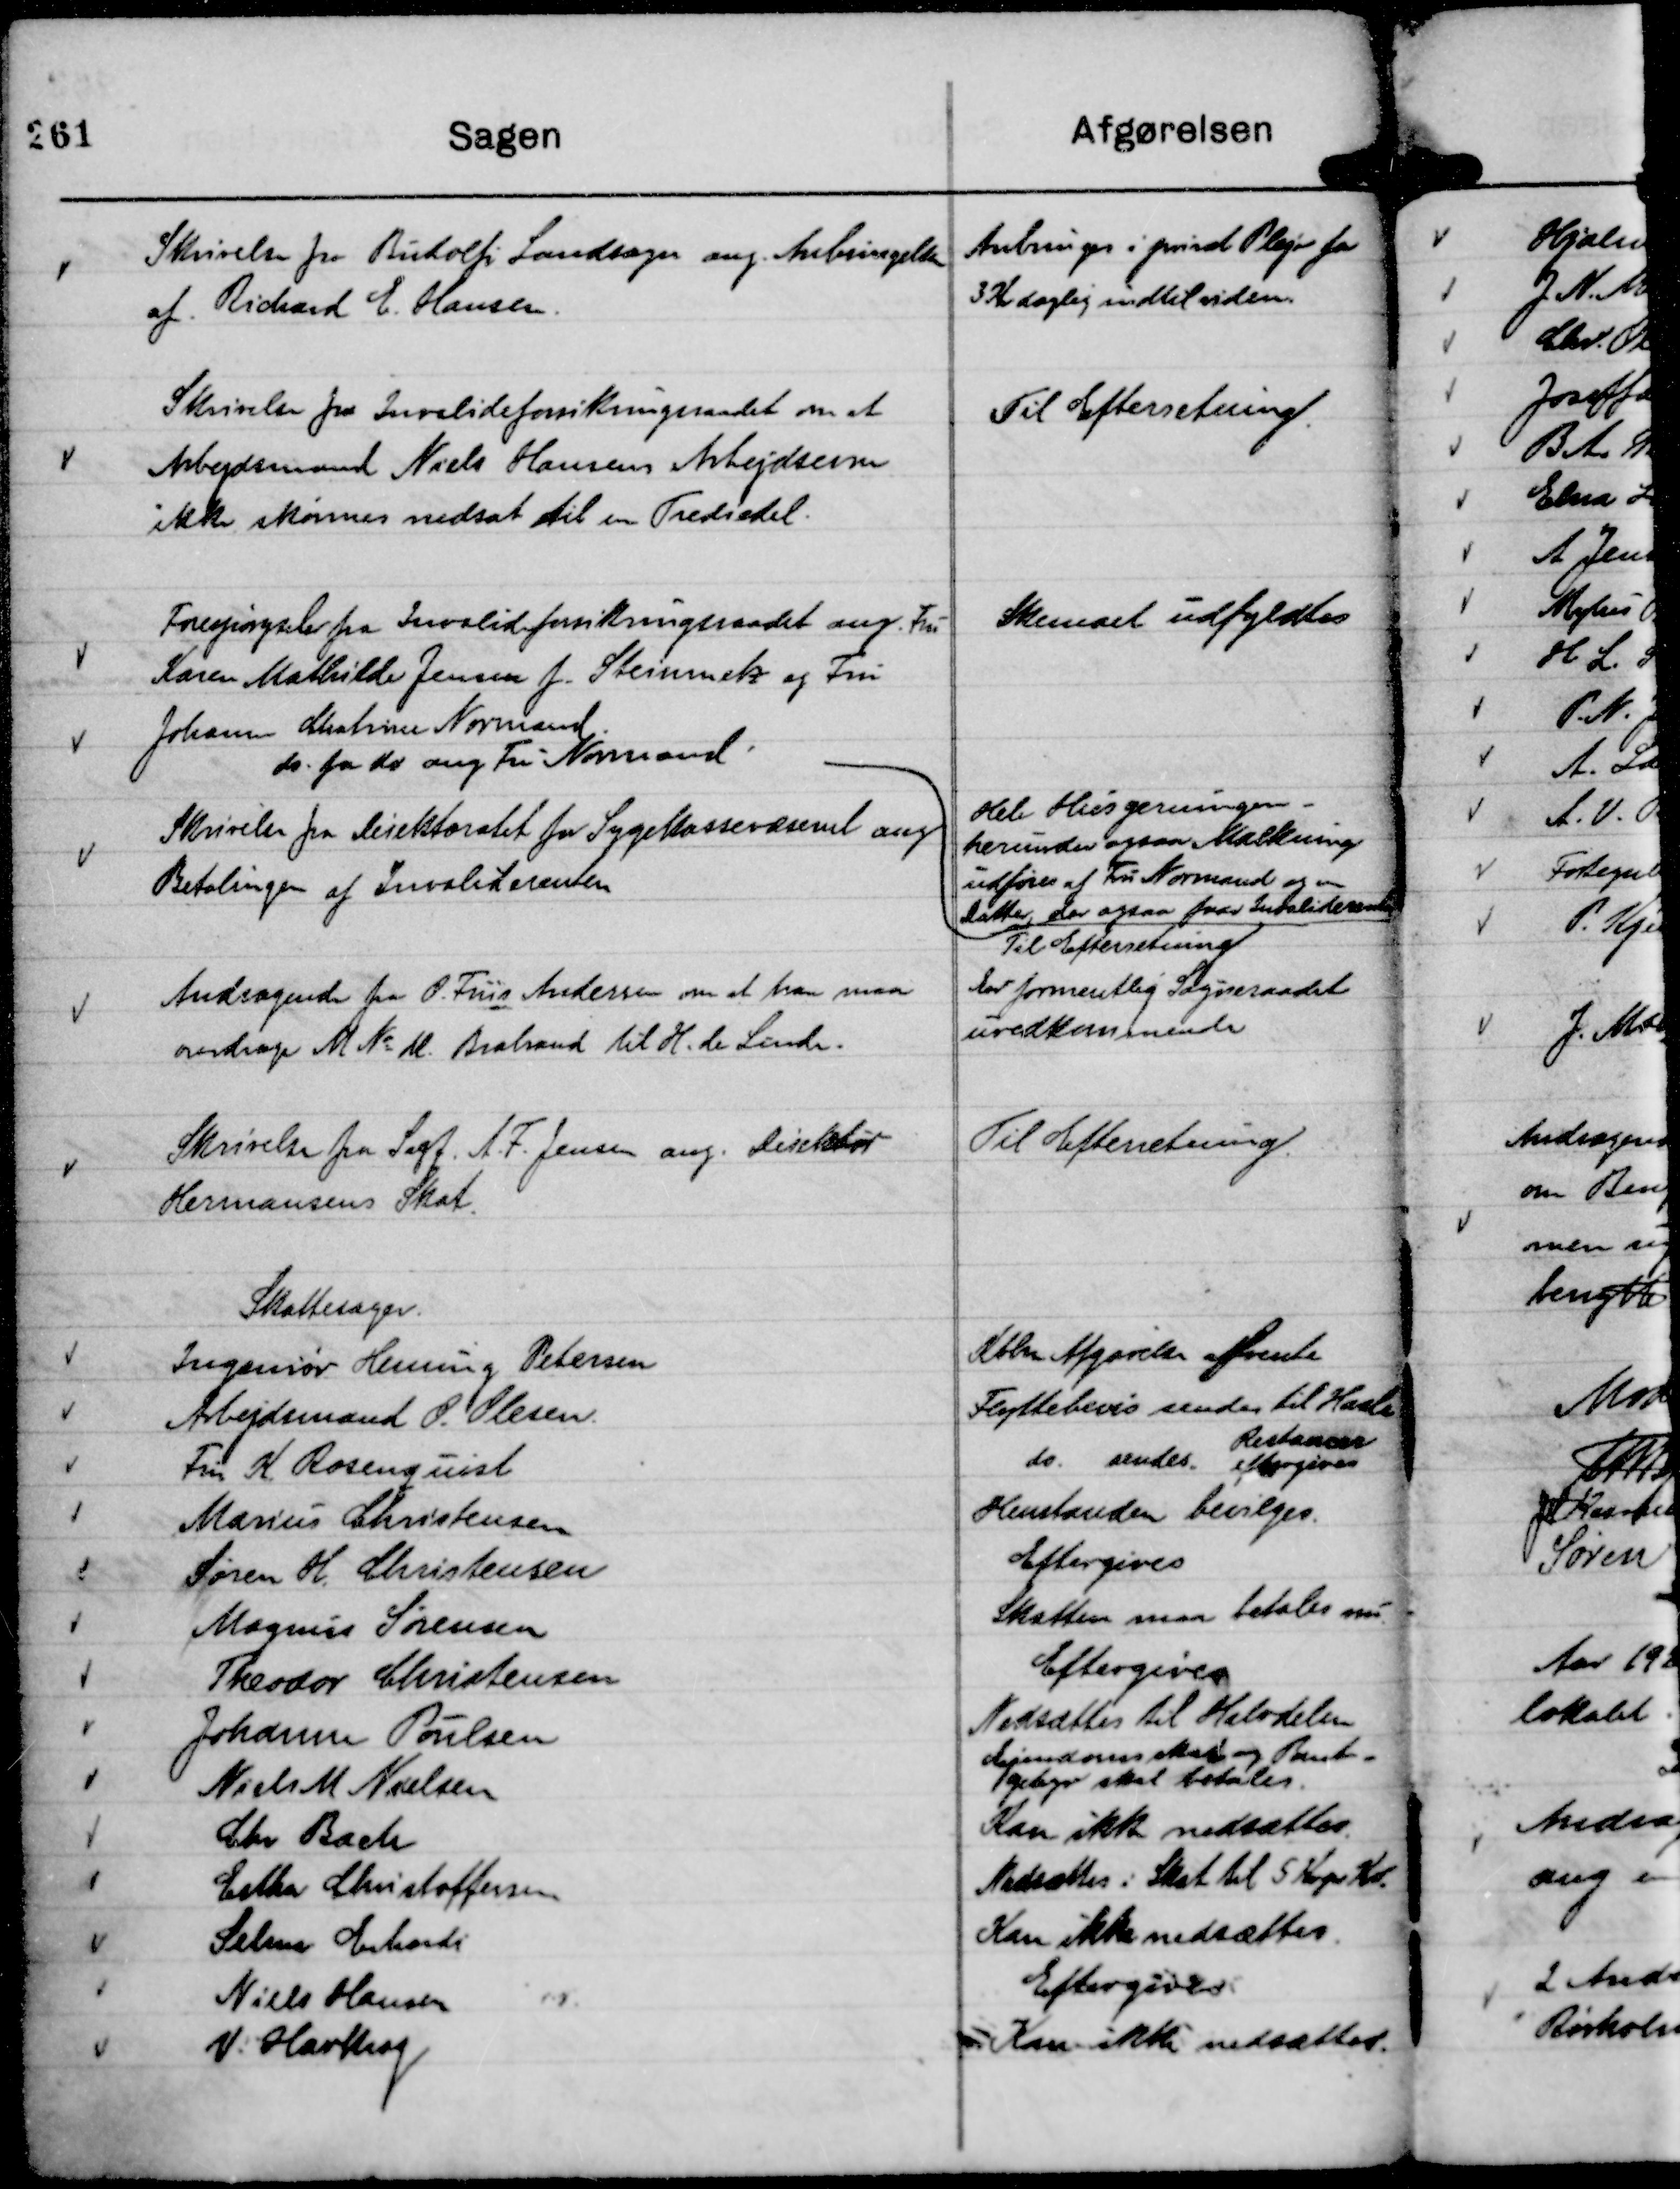
Transskription:
Skrivelse fra Budolfi Landsager ang. Anbringelsen
af Richard E. Hansen.

Anbringes i privat Pleje for
3 Kr daglig indtil videre.

Skrivelse fra Invalideforsikringsraadet om at
Arbejdmand Niels Hansens Arbejdsevne
ikke skønnes nedsat til en Trediedel.

Til Efterretning.

Forespørgseler fra Invalideforsikringsraadet ang. Fru
Karen Mathilde Jensen f. Steinmetz og Fru
Johanne Chatrine Normand.

Skemaet udfyldtes

do. fra do ang. Fru Normand.

Hele Husgerningen -
herunder ogsaa Malkning
udføres af Fru Normand og en
Datter, der ogsaa faar Invaliderente

Skrivelse fra Direktoratet for Sygekassevæsenet ang.
betalingen af Invaliderenten

Til Efterretning

Andragende fra O. Friis Andersen om at han maa
overdrage M No M Brabrand til H. de Linde.

Er formentlig Sogneraadet
uvedkommende

Skrivelse fra Sagf. A. F. Jensen ang. Direktør
Hermansens Skat.

Til Efterretning.